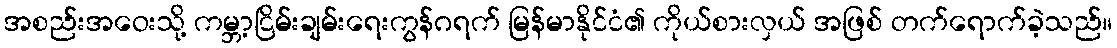
အစည်းအဝေးသို့ ကမ္ဘာ့ငြိမ်းချမ်းရေးကွန်ဂရက် မြန်မာနိုင်ငံ၏ ကိုယ်စားလှယ် အဖြစ် တက်ရောက်ခဲ့သည်။